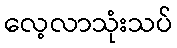
လေ့လာသုံးသပ်